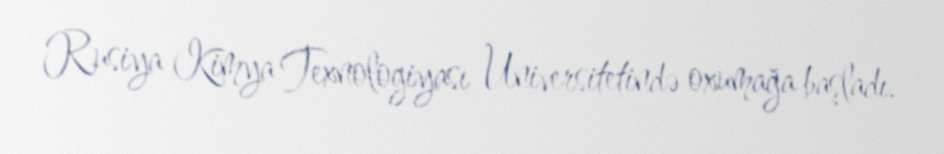
Rusiya Kimya Texnologiyası Universitetində oxumağa başladı.